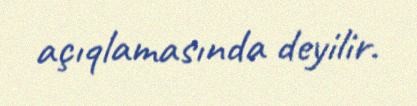
açıqlamasında deyilir.